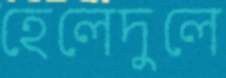
হেলেদুলে